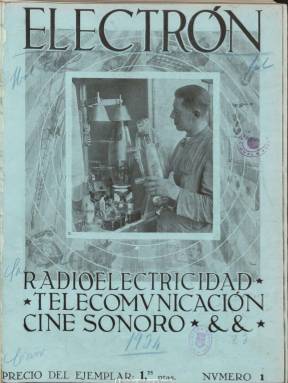
Título: Electrón (Madrid. 1934)
Colección: Comunicaciones
Ámbito geográfico: Madrid
Lugar de publicación: Madrid
Fechas: 01/03/1934-01/07/1936

Revista técnica especializada en telecomunicaciones que aparece en marzo de 1934, como continuación de Orbe (1932). Las diferencias surgidas entre la propiedad de esta y su Consejo de Redacción determinó que sus redactores y colaboradores iniciarán la publicación de la nueva revista, desde una posición “libre e independiente” y en un momento en el que en España se estaba llevando a cabo una reorganización de la radiodifusión nacional, materia a la que la revista prestará una atención muy especial. Otros de los asuntos técnicos que tratan sus páginas son la telegrafía, telefonía y radioelectricidad, el cine sonoro y la televisión.

Sus principales artífices son ingenieros de Telecomunicaciones y en su cuadro de redactores, publicado en el primer número, aparecen Virgilio Soria, Modesto Budi Mateo, Julio Blasco, Carlos Vidal y Luis Cáceres. Cuenta con una larga nómina de hasta cuarenta colaboradores, entre ingenieros y técnicos, como J. Pastor Williams, Pedro Maffei, Julio Bayona, Manuel Marín, J. Blasco Dieste, J.M. Álvarez de Lorenzana y Florencio Maqueda Rodríguez. Como publicación ilustrada, con fotografías, dibujos y figuras, también cuenta para su elaboración con dibujantes y fotógrafos propios. Tiene una periodicidad quincenal y sus entregas superan, generalmente, las treinta páginas.

Está estructurada en secciones, comenzando con la de Editoriales, a la que le siguen otras bajo los epígrafes Técnica telegráfica, Técnica telefónica, Radiotelegrafía, Radiodifusión, Televisión, Cine sonoro o Altavoz (noticias breves). Trata asuntos como el proyecto legislativo de Radiodifusión nacional, el reglamento y régimen de estaciones radioeléctricas, el papel de España en los acuerdos internacionales de radiodifusión o sobre legislación radioeléctrica. Pedro Llabres firma una sección bajo el epígrafe Eutrapelia radiofónica, en el que da cuenta de los diversos tipos de micrófonos, y otros artículos técnicos versarán sobre lámparas y válvulas, propagación y reproducción del sonido, control del volumen, el teletipógrafo, la sincronización de emisoras, antenas, transmisiones radiofónicas, receptores, estaciones de onda corta o atenuación de los parásitos industriales.

También ofrece información sobre la Casa de la Radio de Londres o la compañía Marconi y el progreso de la radiodifusión mundial, así como una lista de las principales emisoras de radiodifusión, con las frecuencias asignadas. También, de los escritores y artistas de Radio Madrid (EAJ-7) y Radio España. Inserta publicidad de empresas, como Marconi, Standard, Philips o Telefunken.

El último número de la colección de la Biblioteca Nacional de España es el 51, de uno de julio de 1936, cuando la revista tiene ya una periodicidad mensual.